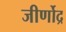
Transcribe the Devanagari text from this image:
जीर्णोद्र